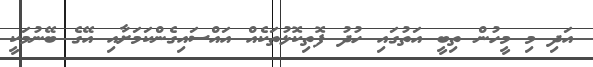
އަދި މި މީހުން ތިބީ އަތުގައި ހުދު ފޮތިކޮޅުތަކެއް އައްސައިގެންކަމަށާއި އޭގެ ބޭނުމަކީ